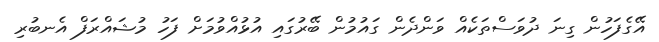
އޭގެފަހުން ގިނަ ދުވަސްތަކެއް ވަންދެން ގައުމުން ބޭރުގައި އުޅުއްވުމަށް ފަހު މުޝައްރަފް އެނބުރި